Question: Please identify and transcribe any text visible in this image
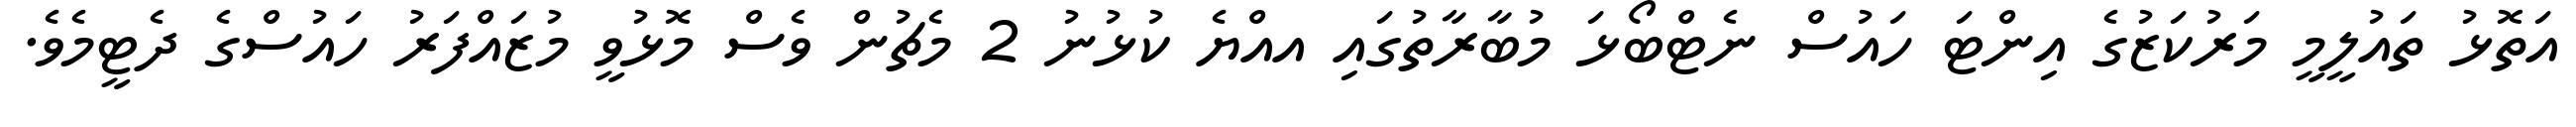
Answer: އަތޮޅު ތައުލީމީ މަރުކަޒުގެ އިންޓަ ހައުސް ނެޓްބޯޅަ މުބާރާތުގައި އއްޔެ ކުޅުނު 2 މެޗުން ވެސް މޮޅުވީ މުޒައްފަރު ހައުސްގެ ދެޓީމެވެ.